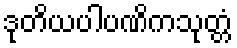
ဒုတိယပါပဏိကသုတ္တံ